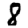
Digit: 8